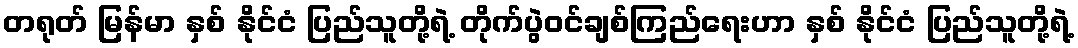
တရုတ် မြန်မာ နှစ် နိုင်ငံ ပြည်သူတို့ရဲ့ တိုက်ပွဲဝင်ချစ်ကြည်ရေးဟာ နှစ် နိုင်ငံ ပြည်သူတို့ရဲ့